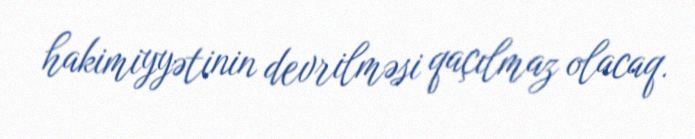
hakimiyyətinin devrilməsi qaçılmaz olacaq.